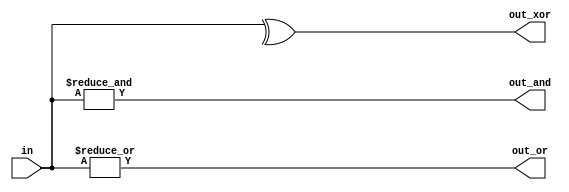
module top_module( 
    input [99:0] in,
    output out_and,
    output out_or,
    output out_xor 
);
    assign out_and = &in;
    assign out_or = |in;
    assign out_xor = ^in;

endmodule